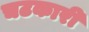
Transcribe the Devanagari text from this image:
चटकारी